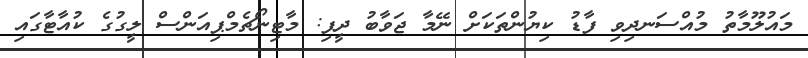
މައުލޫމާތު މުއްސަނދިވި ފާޑު ކިޔުންތަކަށް ނޭމާ ޖަވާބު ދީފި: މާޓިނޯޗެމްޕިއަންސް ލީގުގެ ކުއާޓާގައި